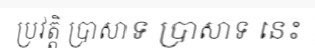
ប្រវត្តិ ប្រាសាទ ប្រាសាទ នេះ